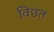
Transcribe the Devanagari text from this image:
विछत